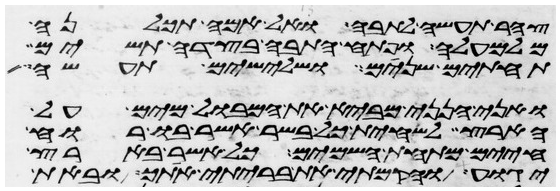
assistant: צהר תעשה לתבה ועל אמה תכלנה
מלמעלה ופתח התבה בצדה תשים
תחתים שנים ושלישים תעשה
ואני הנני מביא את המבול מים על
הארץ להשחית כל בשר אשר בו רוח
חיים מתחת השמים כל אשר בארץ
יגוע והקמתי את בריתי אתך ובאת